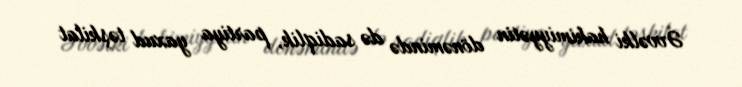
Əvvəlki hakimiyyətin dönəmində də sadiqlik, partiya yaxud təşkilat